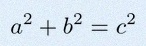
a^2+b^2=c^2